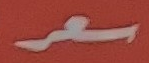
سعر